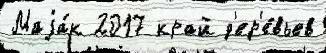
Маjа́к 2017 край д'ер'е́вьев